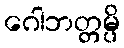
ဂေါဘတ္တမ္ပိ